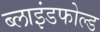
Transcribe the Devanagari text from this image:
ब्लाइंडफोल्ड